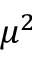
\mu ^ { 2 }